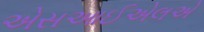
એસઆઈએલએ